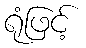
ရုံဖြင့်